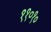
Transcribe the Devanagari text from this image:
११०१०